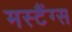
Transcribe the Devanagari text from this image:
मस्टैंग्स